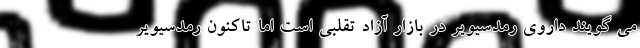
می گویند داروی رمدسیویر در بازار آزاد تقلبی است اما تاکنون رمدسیویر